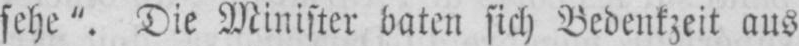
sehe“. Die Minister baten sich Bedenkzeit aus